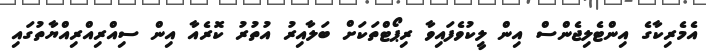
އެމެރިކާގެ އިންޓެލިޖެންސް އިން ލީކުވެފައިވާ ރިޕޯޓްތަކަށް ބަލާއިރު އުތުރު ކޮރެއާ އިން ސިއްރިއްރިއްޔާތުގައި